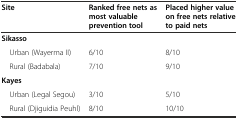
<table><thead><tr><td><b>Site</b></td><td><b>Ranked free nets as most valuable prevention tool</b></td><td><b>Placed higher value on free nets relative to paid nets</b></td></tr></thead><tbody><tr><td colspan="3"><b>Sikasso</b></td></tr><tr><td> Urban (Wayerma II)</td><td>6/10</td><td>8/10</td></tr><tr><td> Rural (Badabala)</td><td>7/10</td><td>9/10</td></tr><tr><td colspan="3"><b>Kayes</b></td></tr><tr><td> Urban (Legal Segou)</td><td>3/10</td><td>5/10</td></tr><tr><td> Rural (Djiguidia Peuhl)</td><td>8/10</td><td>10/10</td></tr></tbody></table>